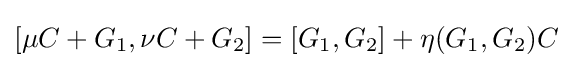
[\mu C+G_{1},\nu C+G_{2}]=[G_{1},G_{2}]+\eta (G_{1},G_{2})C